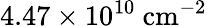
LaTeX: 4.47\times 10^{10}~\mathrm{{cm}^{-2}}